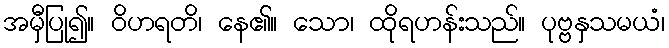
အမှီပြု၍။ ဝိဟရတိ၊ နေ၏။ သော၊ ထိုရဟန်းသည်။ ပုဗ္ဗနှသမယံ၊